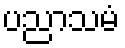
ပညာသမံ